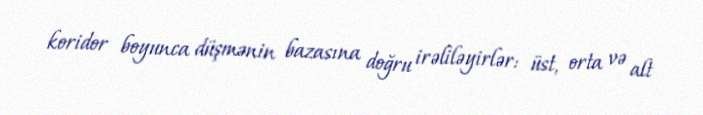
koridor boyunca düşmənin bazasına doğru irəliləyirlər: üst, orta və alt